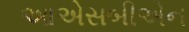
આએસબીએન